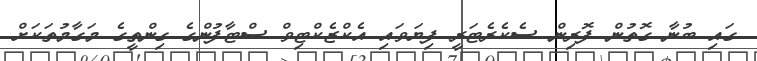
ގައި ބުނާ ގޮތުން ފޮރިން ސެކެރެޓަރީ ފިޔަވައި އެކްޒެކްޓިވް ސްޓާފުންގެ ގިންތީގެ މަގާމުތަކަށް